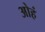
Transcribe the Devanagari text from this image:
ओहं